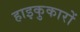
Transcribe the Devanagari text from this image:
हाइकुकारों